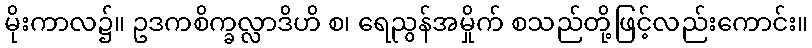
မိုးကာလ၌။ ဥဒကစိက္ခလ္လာဒိဟိ စ၊ ရေညွန်အမှိုက် စသည်တို့ဖြင့်လည်းကောင်း။